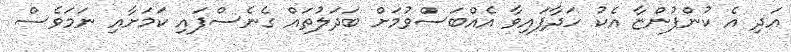
އަދި އެ ކުންފުންޏާ އެކު ހަދާފައިވާ އެއްބަސްވުމަށް ބަދަލުތައް ގެނެސްފައި ކަމަށާއި ނަމަވެސް